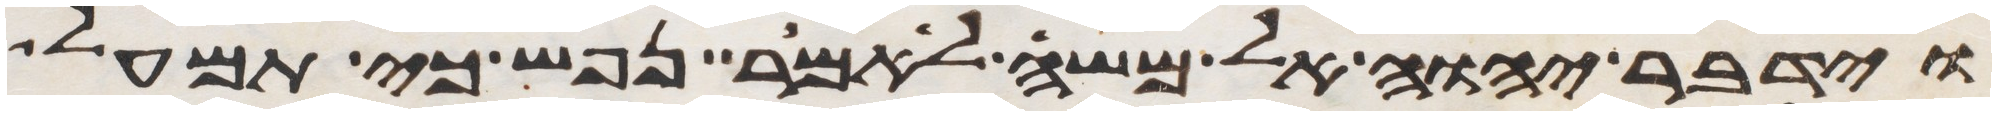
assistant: וידבר יהוה אל משה לאמר נפש כי תמעל